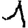
Digit: 1